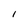
Character: l